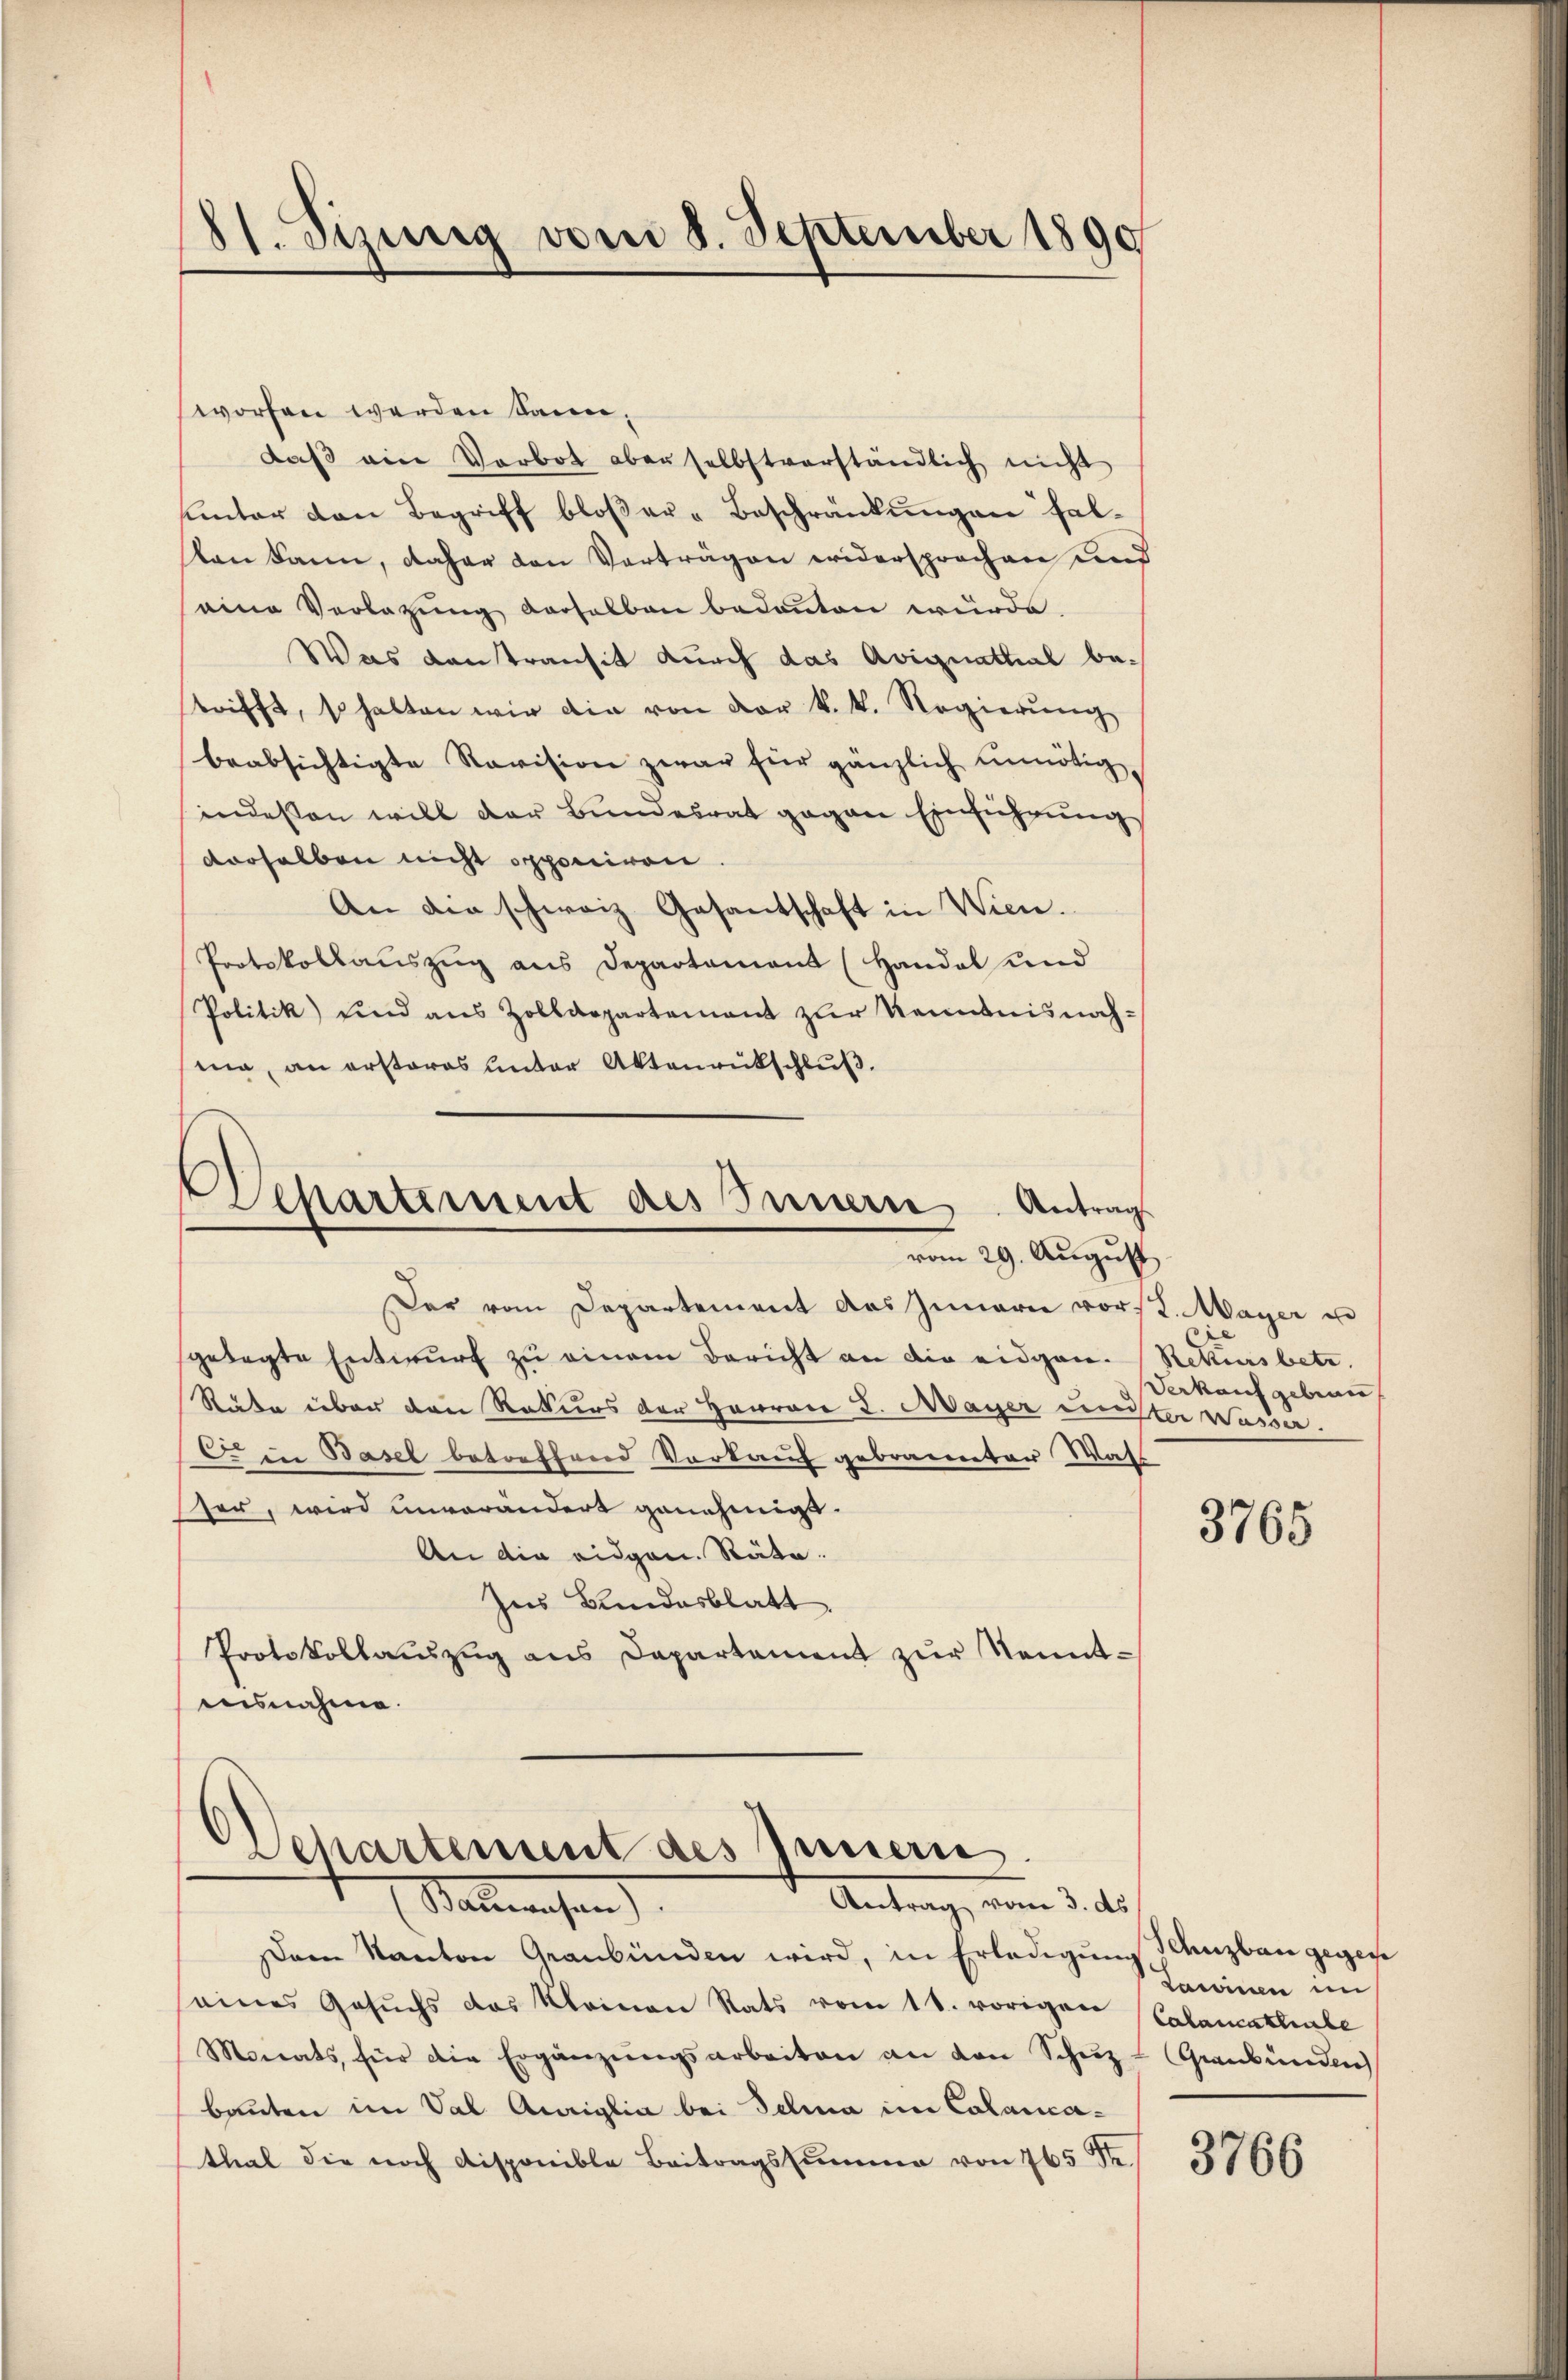
81. Sizung vom 8. September 1890

worfen werden kann,
daß ein Vorbot aber selbstverständlich nicht
unter den Begriff bloβer-Beschränkungen falton kann, daher von Vorträgen widersprochen und
eine Verlagung derselben bedanten würde.
Was kantransit durch das Avignattial betrifft, so halten wir die von vor k. k. Regierung
beabsichtigte Revision zwar für gänzlich unnötigindeßen will der Bundesrat gegen Einführung
derselben nicht opponiren.
An die schweiz. Gesantschaft in Wien.
Protokollauszug aus Departement (Handel und
Politik und aus Zolldepartement zur Kenntnis nachma, an ersteres unter Aktenrückschluß.

Departement des Innern. Antrag
vom 29. August

Der vom Departement des Innern vorst. Mayer u
gelegte Entwurf zu einem Bericht an die eidgen. Rekursbetr.
Rate über den Rekurs der Herren L. Mayer unter Wasse.
O. in Basel betreffend Vorkauf gebrannter Wass
her, wird unverändert genehmigt.
An die eidgen. Räte.
Ins Bundesblatt.
Protokollauszug aus Departement zŭr Kenntaisnahme.

Departement des Innern.
Antrag, vom 3. d.
Salmachen

Dem Kanton Graubünden wird, in Erledigung Ilanzbau gegene
eines Gesŭchs das Kleinen Rats vom 11. vorigen (Calancaklirle
Monats, für die Ergänzŭngsarbeiten an den Schŭz- Graubünden
bauten im Sal Anriglia bei Schina im Calamathal die noch disponible Beitragssumme von 765 S.

Verkauf gebrau

3765

Lawinen im

3766